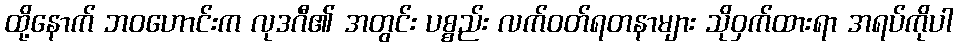
ထို့နောက် ဘဝဟောင်းက လုဒဂီ၏ အတွင်း ပစ္စည်း လက်ဝတ်ရတနာများ သိုဝှက်ထားရာ အရပ်ကိုပါ